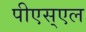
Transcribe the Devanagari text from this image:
पीएस्एल